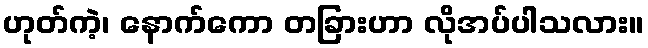
ဟုတ်ကဲ့၊ နောက်ကော တခြားဟာ လိုအပ်ပါသလား။